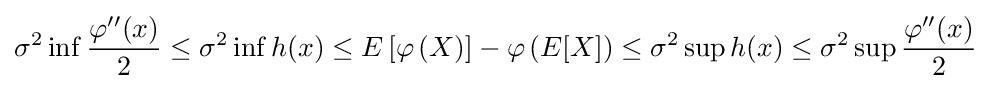
\sigma ^{2}\inf {\frac {\varphi ''(x)}{2}}\leq \sigma ^{2}\inf h(x)\leq E\left[\varphi \left(X\right)\right]-\varphi \left(E[X]\right)\leq \sigma ^{2}\sup h(x)\leq \sigma ^{2}\sup {\frac {\varphi ''(x)}{2}}